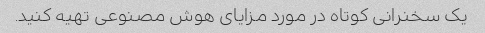
یک سخنرانی کوتاه در مورد مزایای هوش مصنوعی تهیه کنید.